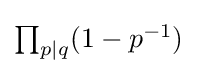
{\textstyle \prod _{p\mid q}(1-p^{-1})}